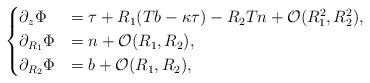
LaTeX: \begin{align*}\begin{cases}\partial_{z}\Phi&=\tau+R_1(Tb-\kappa \tau)-R_2 T n+\mathcal O(R_1^2,R_2^2),\\\partial_{R_1}\Phi&= n+\mathcal O(R_1,R_2),\\\partial_{R_2}\Phi&=b+\mathcal O(R_1,R_2),\end{cases}\end{align*}